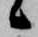
候